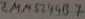
Text: ZMM5244B7